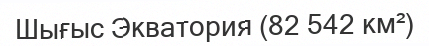
Шығыс Экватория (82 542 км²)